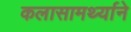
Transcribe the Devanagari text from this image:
कलासामर्थ्याने